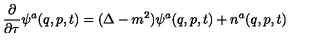
\frac { \partial } { \partial \tau } \psi ^ { a } ( q , p , t ) = ( \Delta - m ^ { 2 } ) \psi ^ { a } ( q , p , t ) + n ^ { a } ( q , p , t )